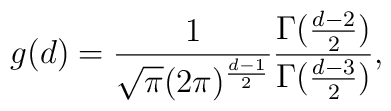
g(d)=\frac{1}{\sqrt{\pi}(2\pi)^{\frac{d-1}{2}}}\frac{\Gamma(\frac{d-2}{2})}{\Gamma(\frac{d-3}{2})},